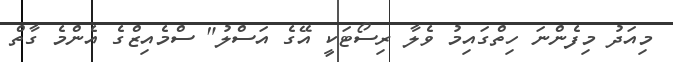
މިއަދު މިފެންނަ ހިތްގައިމު ވެލާ ރިސޯޓަކީ އޭގެ އަސްލު" ސްމެއިޒްގެ އެންމެ ގާތް